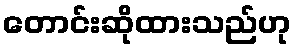
တောင်းဆိုထားသည်ဟု